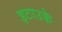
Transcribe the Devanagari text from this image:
इटाउके